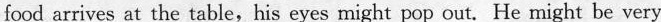
food arrives at the table,his eyes might pop out. He might be very